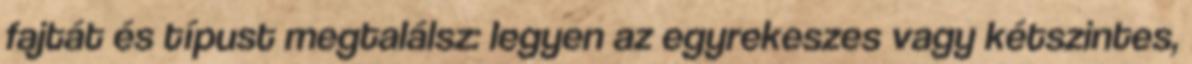
fajtát és típust megtalálsz: legyen az egyrekeszes vagy kétszintes,